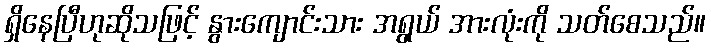
ရှိနေပြီဟုဆိုသဖြင့် နွားကျောင်းသား အရွယ် အားလုံးကို သတ်စေသည်။